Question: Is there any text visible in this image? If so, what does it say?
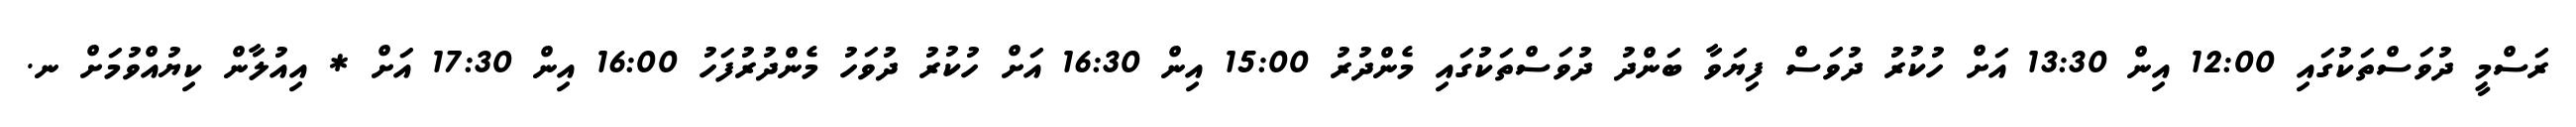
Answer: ރަސްމީ ދުވަސްތަކުގައި 12:00 އިން 13:30 އަށް ހުކުރު ދުވަސް ފިޔަވާ ބަންދު ދުވަސްތަކުގައި މެންދުރު 15:00 އިން 16:30 އަށް ހުކުރު ދުވަހު މެންދުރުފަހު 16:00 އިން 17:30 އަށް * އިއުލާން ކިޔުއްވުމަށް ނ.